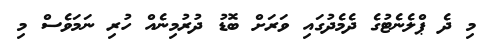
މި ދެ ޕްލެނެޓުގެ ދެމެދުގައި ވަރަށް ބޮޑު ދުރުމިނެއް ހުރި ނަމަވެސް މި